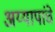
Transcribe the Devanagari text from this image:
अय्यापांचे